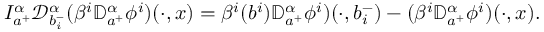
I _ { a ^ { + } } ^ { \alpha } { \mathcal D } _ { b _ { i } ^ { - } } ^ { \alpha } ( \beta ^ { i } { \mathbb D } _ { a ^ { + } } ^ { \alpha } \phi ^ { i } ) ( \cdot , x ) = \beta ^ { i } ( b ^ { i } ) { \mathbb D } _ { a ^ { + } } ^ { \alpha } \phi ^ { i } ) ( \cdot , b _ { i } ^ { - } ) - ( \beta ^ { i } { \mathbb D } _ { a ^ { + } } ^ { \alpha } \phi ^ { i } ) ( \cdot , x ) .